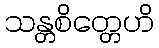
သန္တစိတ္တေဟိ